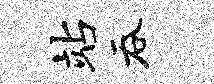
站吞